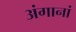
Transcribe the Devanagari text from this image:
अंगानां